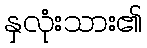
နှလုံးသား၏